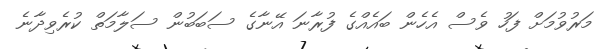
މަރުވުމަށް ފަހު ވެސް އެހެން ބައެއްގެ ފުރާނަ އޭނާގެ ސަބަބުން ސަލާމަތް ކުރެވިދާނެ